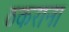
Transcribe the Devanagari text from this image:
ठकराना